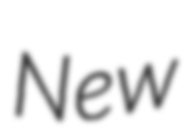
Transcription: New